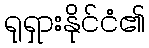
ရုရှားနိုင်ငံ၏